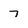
Character: 7